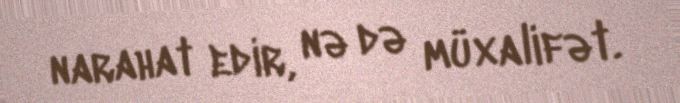
narahat edir, nə də müxalifət.